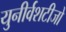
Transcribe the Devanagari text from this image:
युनीर्वशटीजो